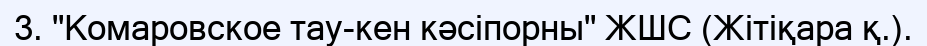
3. "Комаровское тау-кен кәсіпорны" ЖШС (Жітіқара қ.).